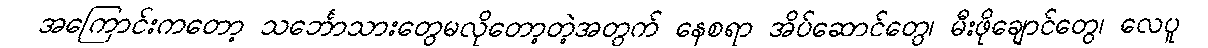
အကြောင်းကတော့ သင်္ဘောသားတွေမလိုတော့တဲ့အတွက် နေစရာ အိပ်ဆောင်တွေ၊ မီးဖိုချောင်တွေ၊ လေပူ